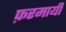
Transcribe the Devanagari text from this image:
फ़रमायी